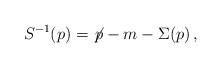
\begin{align*} S^{-1}(p) = {\not\! p} - m - \Sigma(p)\, ,\end{align*}